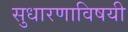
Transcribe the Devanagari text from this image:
सुधारणाविषयी